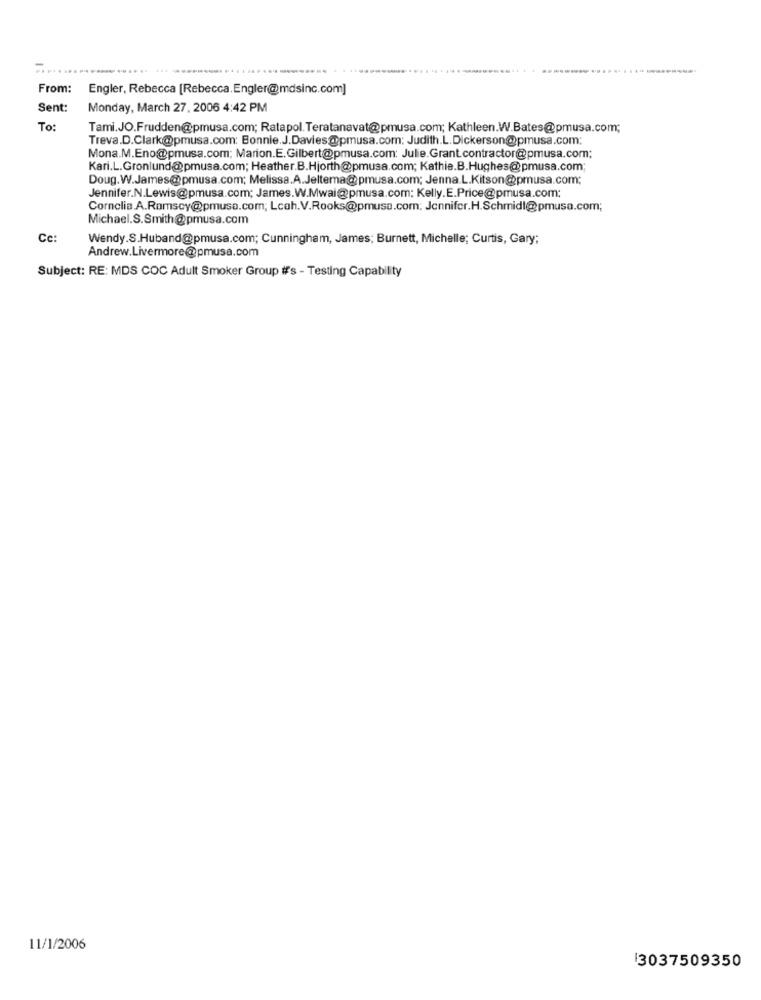
----
From:
Engler, Rebecca [Rebecca.Engler@mdsinc.com]
Sent:
Monday, March 27, 2006 4:42 PM
To:
Tami.JO.Frudden@pmusa.com; Ratapol.Teratanavat@pmusa.com; Kathleen.W.Bates@pmusa.com;
Treva.D.Clark@pmusa.com: Bonnie.J.Davies@pmusa.com: Judith.L.Dickerson@pmusa.com:
Mona.M.Eno@pmusa.com; Marion.E.Gilbert@pmusa.com: Julie.Grant.contractor@pmusa.com;
Kari.L.Gronlund@pmusa.com; Heather.B.Hjorth@pmusa.com; Kathie.B.Hughes@pmusa.com;
Doug.W.James@pmusa.com; Melissa.A.Jeltema@pmusa.com; Jenna.L.Kitson@pmusa.com;
Jennifer.N.Lewis@pmusa.com; James.W.Mwai@pmusa.com: Kelly.E.Price@pmusa.com;
Cornelia.A.Ramscy@pmusa.com; Lcah.V.Rooks@pmusa.com: Jennifer.H.Schmidl@pmusa.com;
Michael.S.Smith@pmusa.com
Cc:
Wendy.S.Huband@pmusa.com; Cunningham, James; Burnett, Michelle; Curtis, Gary;
Andrew.Livermore@pmusa.com
Subject: RE: MDS COC Adult Smoker Group #s - Testing Capability
11/1/2006
3037509350